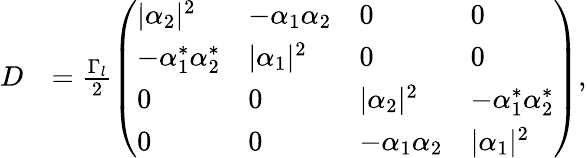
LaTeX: \begin{array}{rl}{D}&{=\frac{\Gamma_{l}}{2}\left(\begin{array}{llll}{\lvert\alpha_{2}\rvert^{2}}&{-\alpha_{1}\alpha_{2}}&{0}&{0}\\ {-\alpha_{1}^{*}\alpha_{2}^{*}}&{\lvert\alpha_{1}\rvert^{2}}&{0}&{0}\\ {0}&{0}&{\lvert\alpha_{2}\rvert^{2}}&{-\alpha_{1}^{*}\alpha_{2}^{*}}\\ {0}&{0}&{-\alpha_{1}\alpha_{2}}&{\lvert\alpha_{1}\rvert^{2}}\end{array}\right),}\end{array}